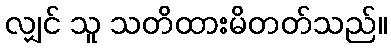
လျှင် သူ သတိထားမိတတ်သည်။